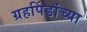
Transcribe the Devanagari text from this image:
ग्रहपिंडांच्या